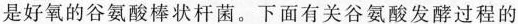
是好氧的谷氨酸棒状杆菌。下面有关谷氨酸发酵过程的